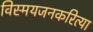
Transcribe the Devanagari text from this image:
विस्मयजनकरित्या